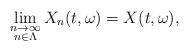
\begin{align*}\lim_{\substack{n\rightarrow\infty \\ n\in\Lambda}} X_n(t,\omega) = X(t,\omega) ,\end{align*}